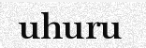
uhuru